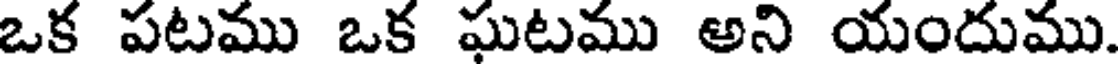
ఒక పటము ఒక ఘటము అని యందుము.